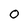
Character: O